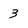
Character: 3